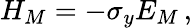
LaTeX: H_{M}=-\sigma_{y}E_{M}\, ,